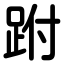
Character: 跗